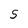
Character: 5